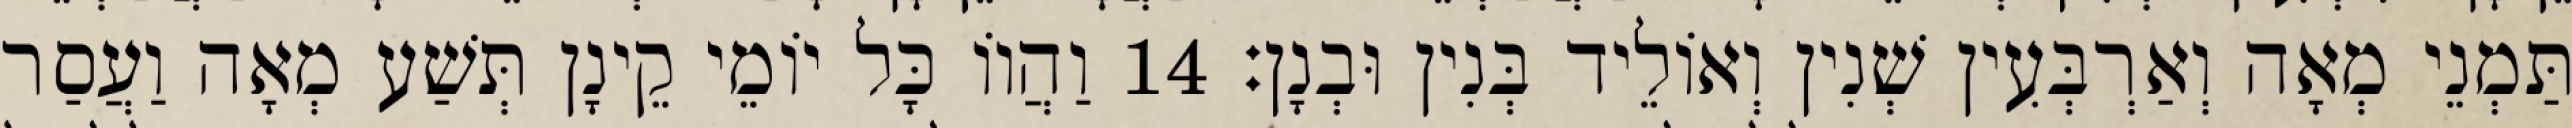
תַּמְנֵי מְאָה וְאַרְבְּעִין שְׁנִין וְאוֹלֵיד בְּנִין וּבְנָן׃ 14 וַהֲווֹ כָּל יוֹמֵי קֵינָן תְּשַׁע מְאָה וַעֲסַר